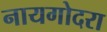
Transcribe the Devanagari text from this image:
नायगोदरा